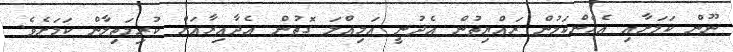
ނޫން ކަމަށާއި އެހެންކަމުން ރައްޔިތުން އެދުނީ އަމިއްލަ ގޮތުން އެދާއިރާއަށް ކުރިމަތިލާން ކަމަށެވެ.